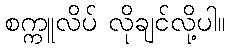
စက္ကူလိပ် လိုချင်လို့ပါ။